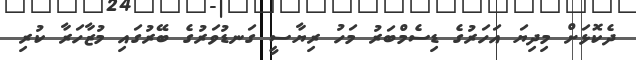
ދެކޮޅަށް މިދިޔަ އަހަރުގެ ޑިސެމްބަރު މަހު ރިޔާސީ ގަނޑުވަރުގެ ބޭރުގައި މުޒާހަރާ ކުރި